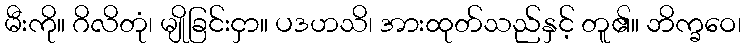
မီးကို။ ဂိလိတုံ၊ မျိုခြင်းငှာ။ ပဒဟသိ၊ အားထုတ်သည်နှင့် တူ၏။ ဘိက္ခဝေ၊